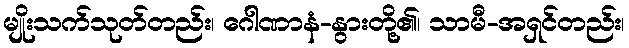
မျိုးသက်သုတ်တည်း၊ ဂေါဏာနံ-နွားတို့၏၊ သာမီ-အရှင်တည်း၊